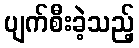
ပျက်စီးခဲ့သည့်